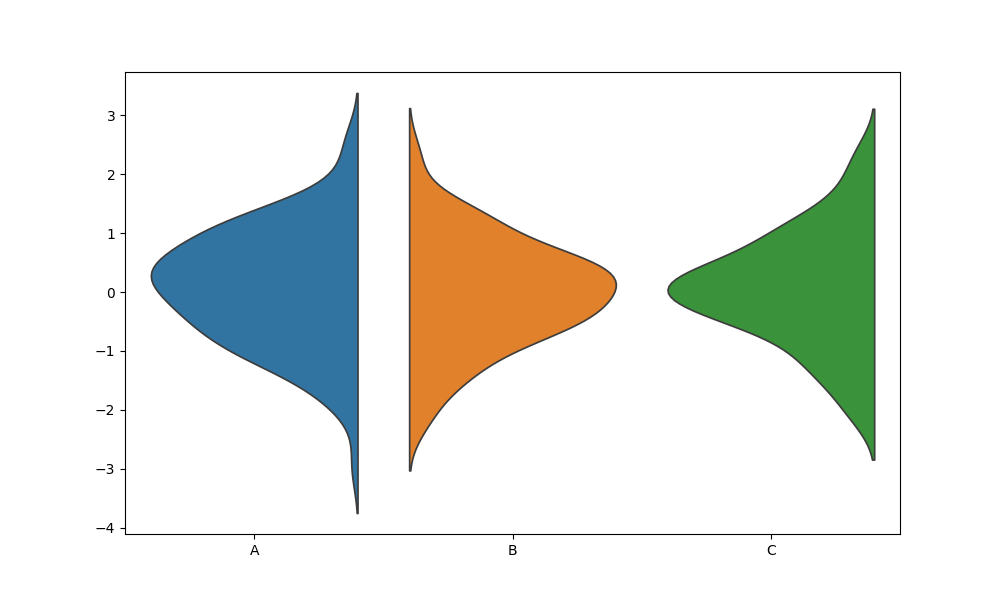
python, seaborn, violinplot, scale='width', split='True', inner='None', fill='True'